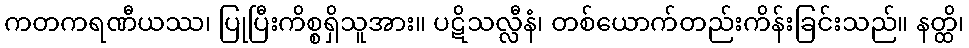
ကတကရဏီယဿ၊ ပြုပြီးကိစ္စရှိသူအား။ ပဋိသလ္လီနံ၊ တစ်ယောက်တည်းကိန်းခြင်းသည်။ နတ္ထိ၊